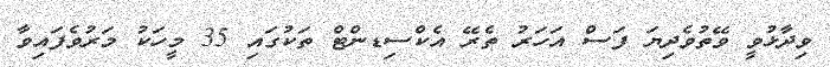
ވިދާޅުވީ ވޭތުވެދިޔަ ފަސް އަހަރު ތެރޭ އެކްސިޑންޓް ތަކުގައި 35 މީހަކު މަރުވެފައިވާ